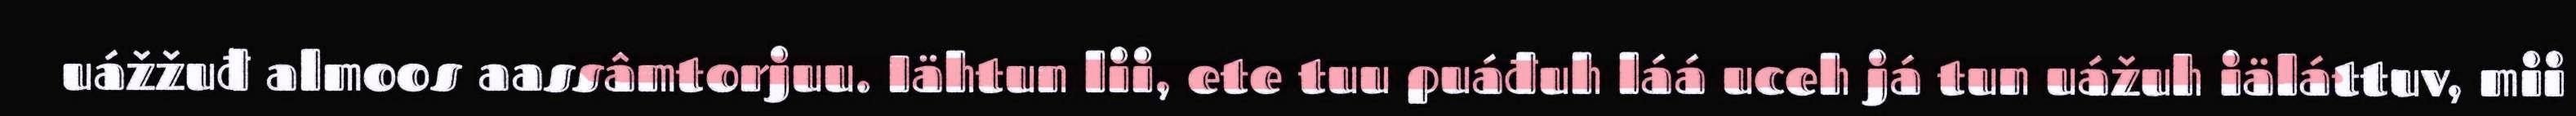
uážžuđ almoos aassâmtorjuu. Iähtun lii, ete tuu puáđuh láá uceh já tun uážuh iäláttuv, mii